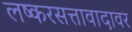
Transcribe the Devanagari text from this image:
लष्करसत्तावादावर